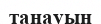
танауын